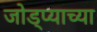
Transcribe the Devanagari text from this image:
जोड्प्याच्या